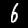
Digit: 6